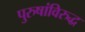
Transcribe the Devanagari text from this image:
पुरुषांविरुद्ध